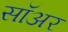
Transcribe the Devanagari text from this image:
सॉअर